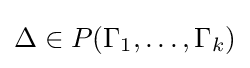
\Delta \in P(\Gamma _{1},\dots ,\Gamma _{k})